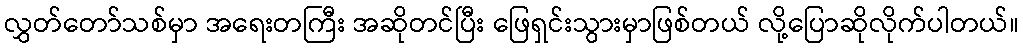
လွှတ်တော်သစ်မှာ အရေးတကြီး အဆိုတင်ပြီး ဖြေရှင်းသွားမှာဖြစ်တယ် လို့ပြောဆိုလိုက်ပါတယ်။